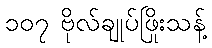
၁၀၇ ဗိုလ်ချုပ်ဖြိုးသန့်